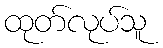
ထုတ်လုပ်သူ